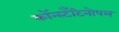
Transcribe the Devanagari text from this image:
कॉन्स्टॅंटिनोपल